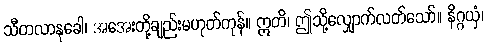
သီတလာနုခေါ၊ အအေးတို့ချည်းမဟုတ်ကုန်။ ဣတိ၊ ဤသို့လျှောက်လတ်သော်။ နိဂ္ဂယှံ၊